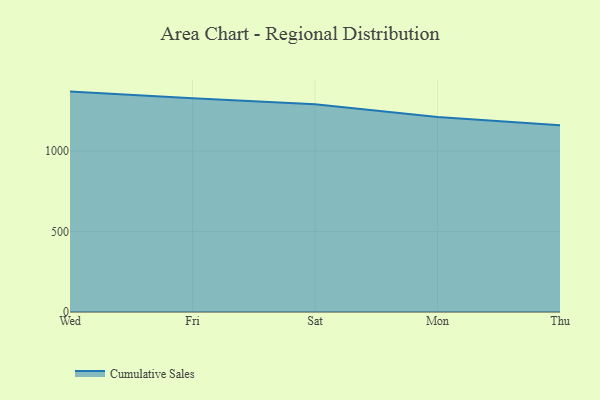
{"axis": {"x": "Day", "y": "Temperature (°C)"}, "legend": ["Cumulative Sales"], "data": [{"x": "Wed", "y": 1368.8, "type": "Cumulative Sales"}, {"x": "Fri", "y": 1327.4, "type": "Cumulative Sales"}, {"x": "Sat", "y": 1290.8, "type": "Cumulative Sales"}, {"x": "Mon", "y": 1211.2, "type": "Cumulative Sales"}, {"x": "Thu", "y": 1159.5, "type": "Cumulative Sales"}]}